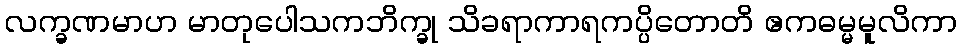
လက္ခဏမာဟ မာတုပေါသကဘိက္ခု သိခရာကာရကပ္ပိတောတိ ဧကဓမ္မမူလိကာ